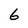
Character: 6